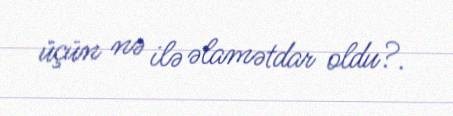
üçün nə ilə əlamətdar oldu?.